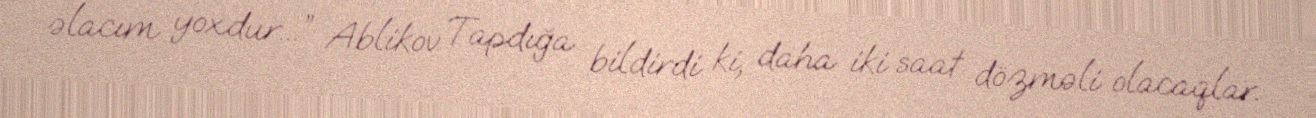
əlacım yoxdur...” Ablikov Tapdığa bildirdi ki, daha iki saat dözməli olacaqlar.